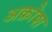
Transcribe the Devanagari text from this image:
अक्रोश